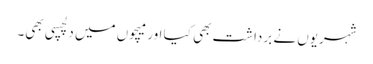
شہریوں نے برداشت بھی کیا اور میچوں میں دلچسپی بھی۔